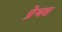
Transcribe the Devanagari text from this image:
प्रेयस